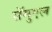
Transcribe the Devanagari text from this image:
सॅमुएल